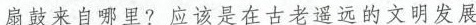
扇鼓来自哪里?应该是在古老遥远的文明发展